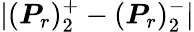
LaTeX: |(\boldsymbol{P}_{r})_{2}^{+}-(\boldsymbol{P}_{r})_{2}^{-}|